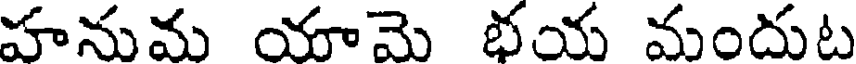
హనుమ యామె భయ మందుట